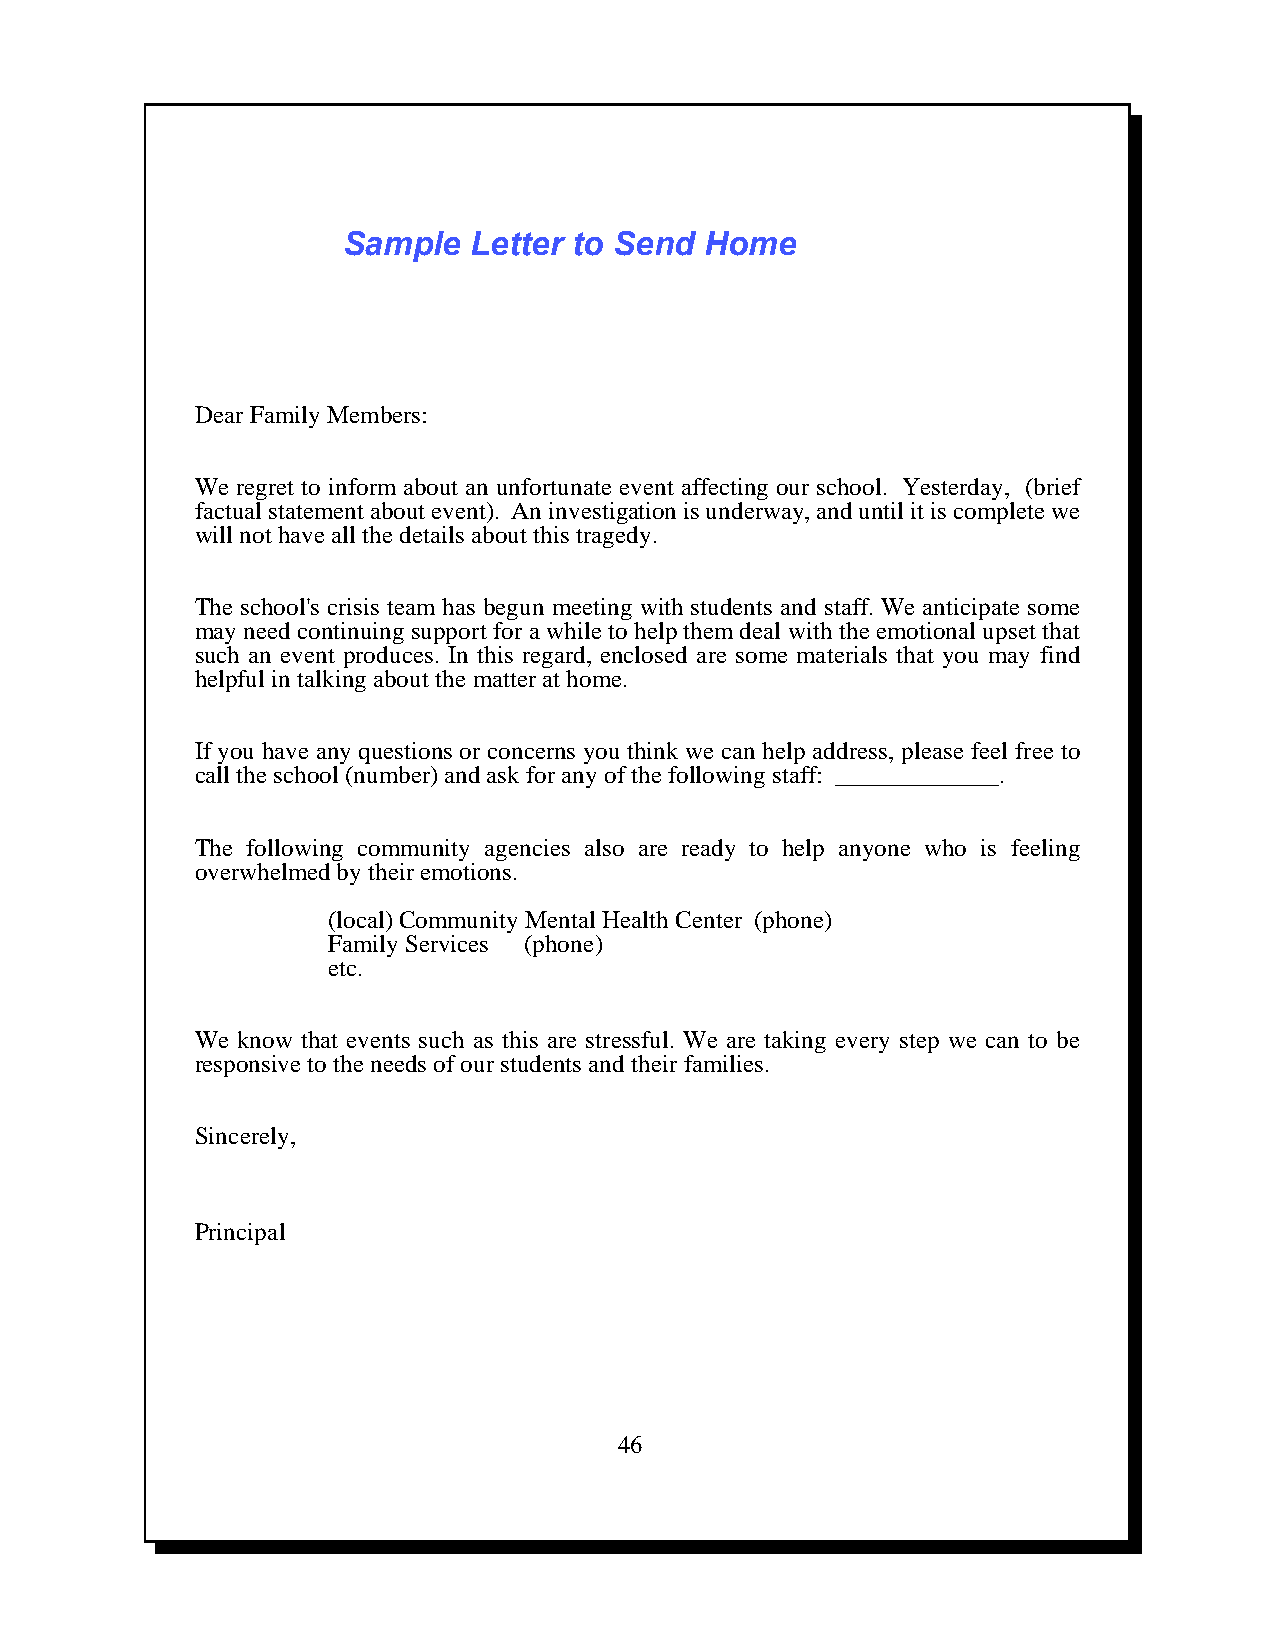
Sample  Letter to Send  Home
 Dear Family Members:
 We regret to inform about an unfortunate event affecting our school. Yesterday, (brief
 factual statement about event). An investigation is underway, and until it is complete we
 will not have all the details about this tragedy.
 The school's crisis team has begun meeting with students and staff. We anticipate some
 may need continuing support for a while to help them deal with the emotional upset that
 such an event produces. In this regard, enclosed are some materials that you may find
 helpful in talking about the matter at home.
 If you have any questions or concerns you think we can help address, please feel free to
 call the school (number) and ask for any of the following staff: _____________.
 The following community agencies also are ready to help anyone who is feeling
 overwhelmed by their emotions.
 (local) Community Mental Health Center (phone)
 Family Services (phone)
 etc.
 We know that events such as this are stressful. We are taking every step we can to be
 responsive to the needs of our students and their families.
 Sincerely,
 Principal
 46